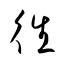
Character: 徃